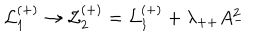
{ \cal L } _ { 1 } ^ { ( + ) } \rightarrow { \cal L } _ { 2 } ^ { ( + ) } = { \cal L } _ { 1 } ^ { ( + ) } + \lambda _ { + + } A _ { - } ^ { 2 }